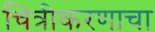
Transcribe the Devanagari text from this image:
चित्रीकरणाचा